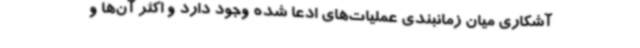
آشکاری میان زمانبندی عملیات‌های ادعا شده وجود دارد و اکثر آن‌ها و